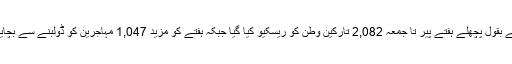
ان کے بقول پچھلے ہفتے پير تا جمعہ 2,082 تارکين وطن کو ريسکيو کيا گيا جبکہ ہفتے کو مزيد 1,047 مہاجرين کو ڈولبنے سے بچايا گيا۔